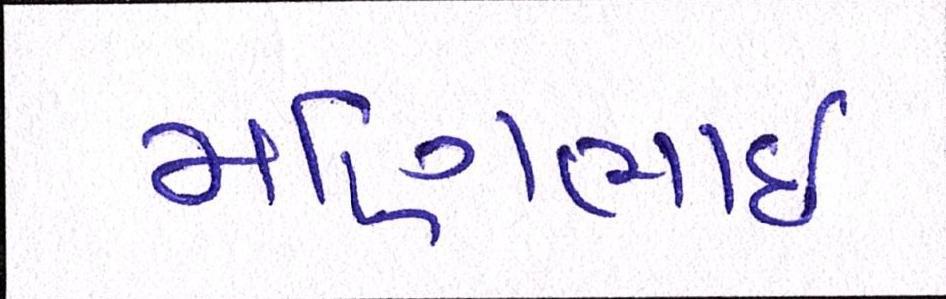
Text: મણિભાઇ